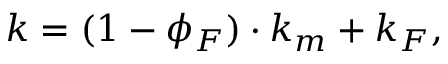
k = ( 1 - \phi _ { F } ) \cdot k _ { m } + k _ { F } ,